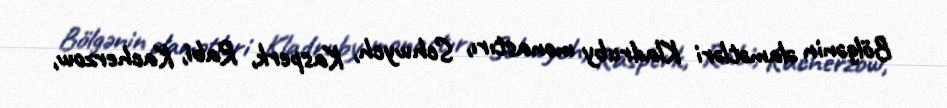
Bölgənin əlamətləri Kladruby monastırı, Schwych, Kasperk, Rabi, Kacherzow,